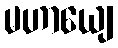
မဟာယျေ